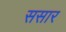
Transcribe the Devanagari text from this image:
ससार